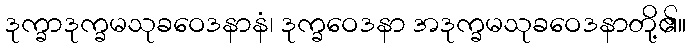
ဒုက္ခာဒုက္ခမသုခဝေဒနာနံ၊ ဒုက္ခဝေဒနာ အဒုက္ခမသုခဝေဒနာတို့၏။